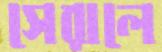
সেরালে